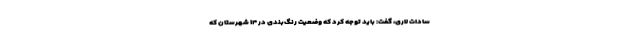
سادات لاری، گفت: باید توجه کرد که وضعیت رنگ‌بندی در ۱۴ شهرستان که